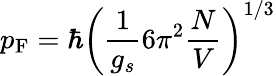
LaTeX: p_{\mathrm{F}}=\hbar\left({\frac{1}{g_{s}}}6\pi^{2}{\frac{N}{V}}\right)^{1/3}